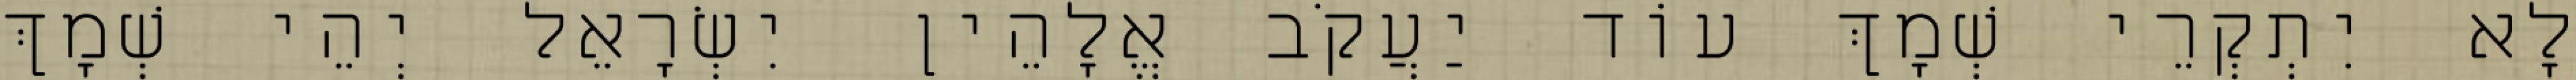
לָא יִתְקְרֵי שְׁמָךְ עוֹד יַעֲקֹב אֱלָהֵין יִשְׂרָאֵל יְהֵי שְׁמָךְ